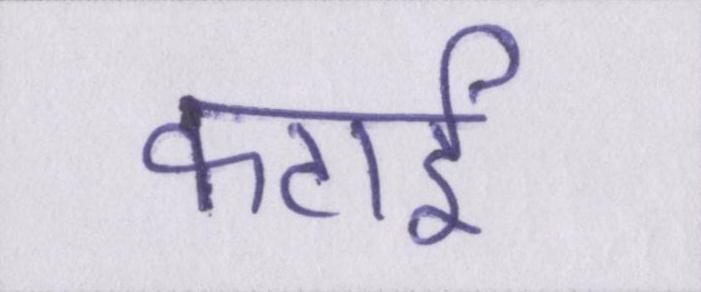
कटाई